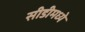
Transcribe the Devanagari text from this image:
सीडीमध्ये